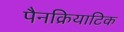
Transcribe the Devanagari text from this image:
पैनक्रियाटिक